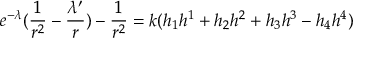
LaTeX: e ^ { - { \lambda } } ( \frac { 1 } { r ^ { 2 } } - \frac { { \lambda } ^ { \prime } } { r } ) - \frac { 1 } { r ^ { 2 } } = k ( h _ { 1 } h ^ { 1 } + h _ { 2 } h ^ { 2 } + h _ { 3 } h ^ { 3 } - h _ { 4 } h ^ { 4 } )